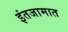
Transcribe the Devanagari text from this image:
इंतजामात